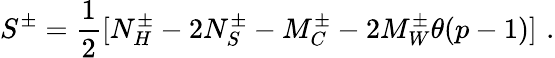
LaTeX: S^{\pm}=\frac{1}{2}[N_{H}^{\pm}-2N_{S}^{\pm}-M_{C}^{\pm}-2M_{W}^{\pm}\theta(p-1)]\, \, .